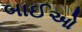
બાઈઓ